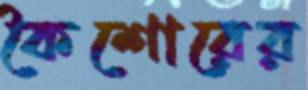
কৈশোরের